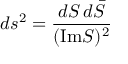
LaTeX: d s ^ { 2 } = \frac { d S \, d { \bar { S } } } { ( \mathrm { I m } S ) ^ { 2 } }